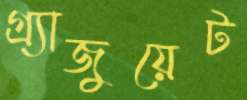
গ্র্যাজুয়েট